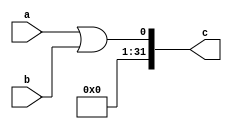
`timescale 1ns / 1ps

// Design Name: logical OR  operation 
// Module Name: logical_OR
// Project Name: 32-bit ALU 



module logical_OR(
input [31:0]a,b,
output [31:0]c
    );
    
   
   assign  c = a || b;

endmodule